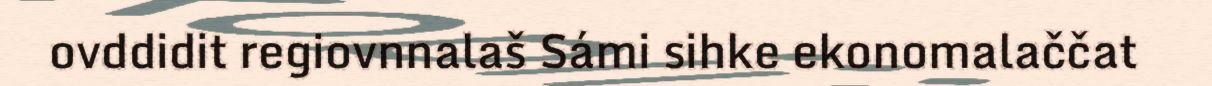
ovddidit regiovnnalaš Sámi sihke ekonomalaččat